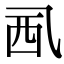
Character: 𧟢